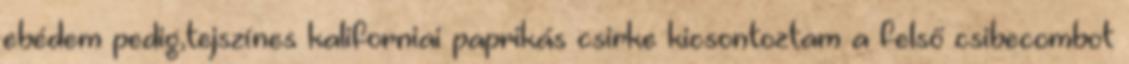
ebédem pedig,tejszínes kaliforniai paprikás csirke kicsontoztam a felső csibecombot